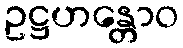
ဥဋ္ဌဟန္တောဝ